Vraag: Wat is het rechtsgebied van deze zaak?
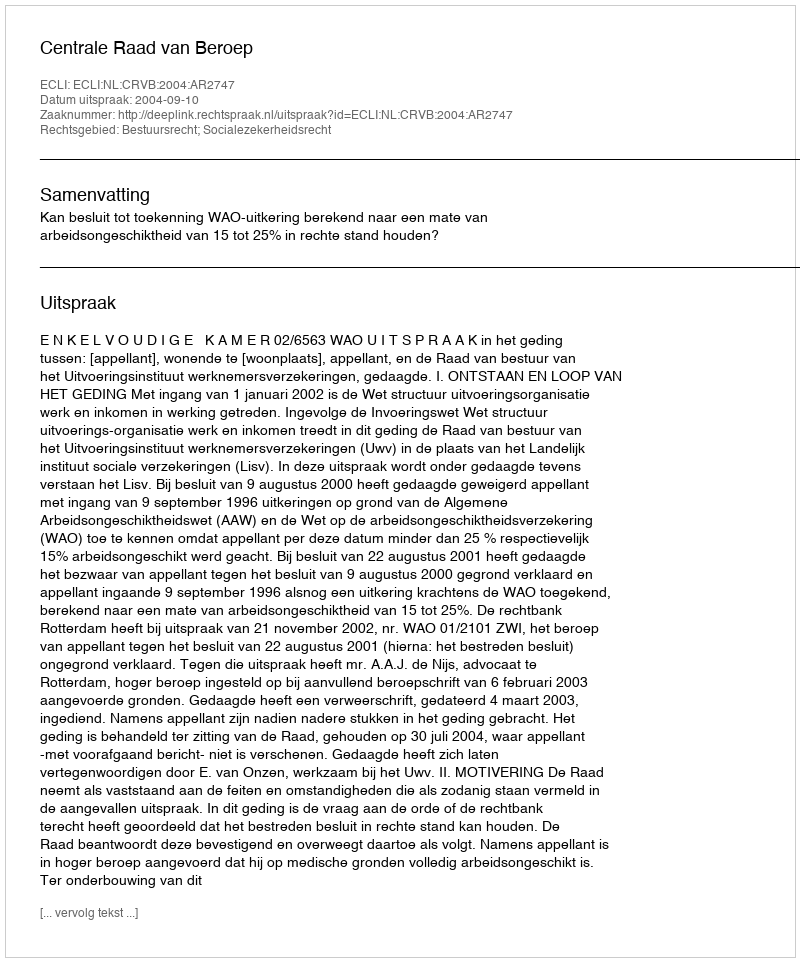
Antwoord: Bestuursrecht; Socialezekerheidsrecht